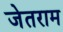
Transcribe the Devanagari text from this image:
जेतराम